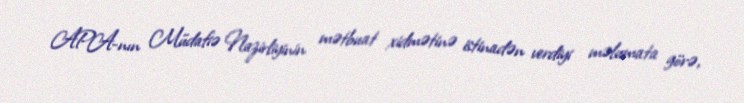
APA-nın Müdafiə Nazirliyinin mətbuat xidmətinə istinadən verdiyi məlumata görə,